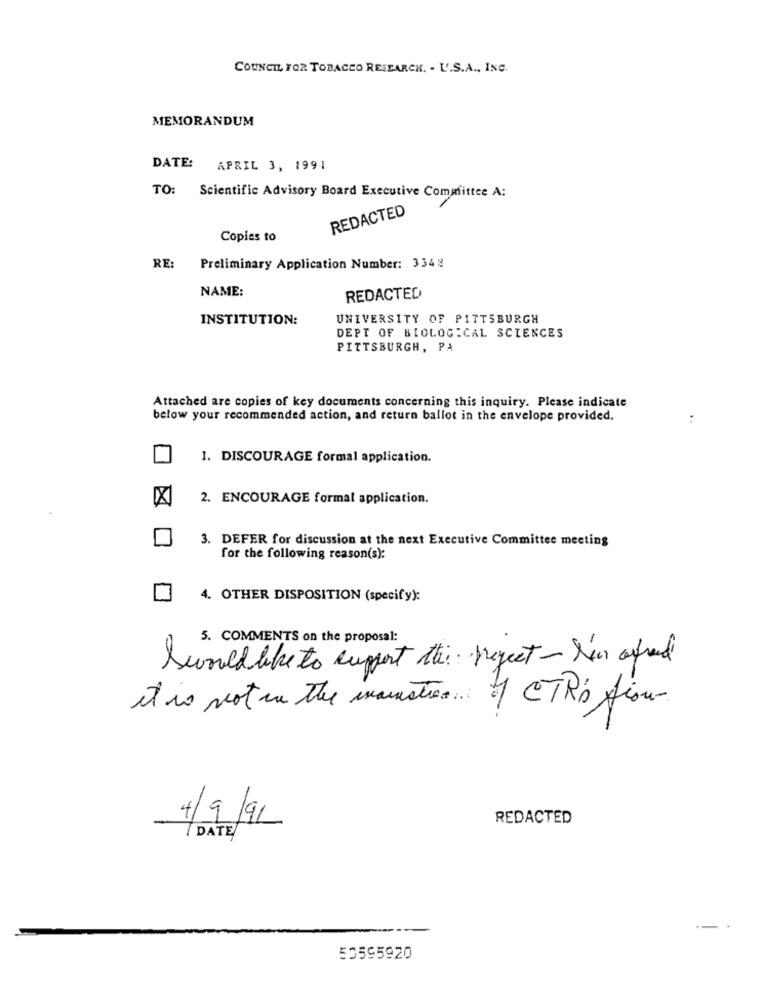
COUNCIL FOR TOBACCO RESEARCH. . U.S.A ., INC.
MEMORANDUM
DATE: APRIL 3, 1991
TO: Scientific Advisory Board Executive Committee A:
REDACTED
Copies to
RE: Preliminary Application Number: 3348
NAME:
REDACTED
INSTITUTION:
UNIVERSITY OF PITTSBURGH
DEPT OF BIOLOGICAL SCIENCES
PITTSBURGH, PA
Attached are copies of key documents concerning this inquiry. Please indicate
below your recommended action, and return ballot in the envelope provided.
:
1. DISCOURAGE formal application.
X
2. ENCOURAGE formal application.
3. DEFER for discussion at the next Executive Committee meeting
for the following reason(s):
4. OTHER DISPOSITION (specify):
5. COMMENTS on the proposal:
Swould like to support the project - Sar afred
it is not in the inaustin of CTR's Sion-
4/9/91
REDACTED
DATE
53595920